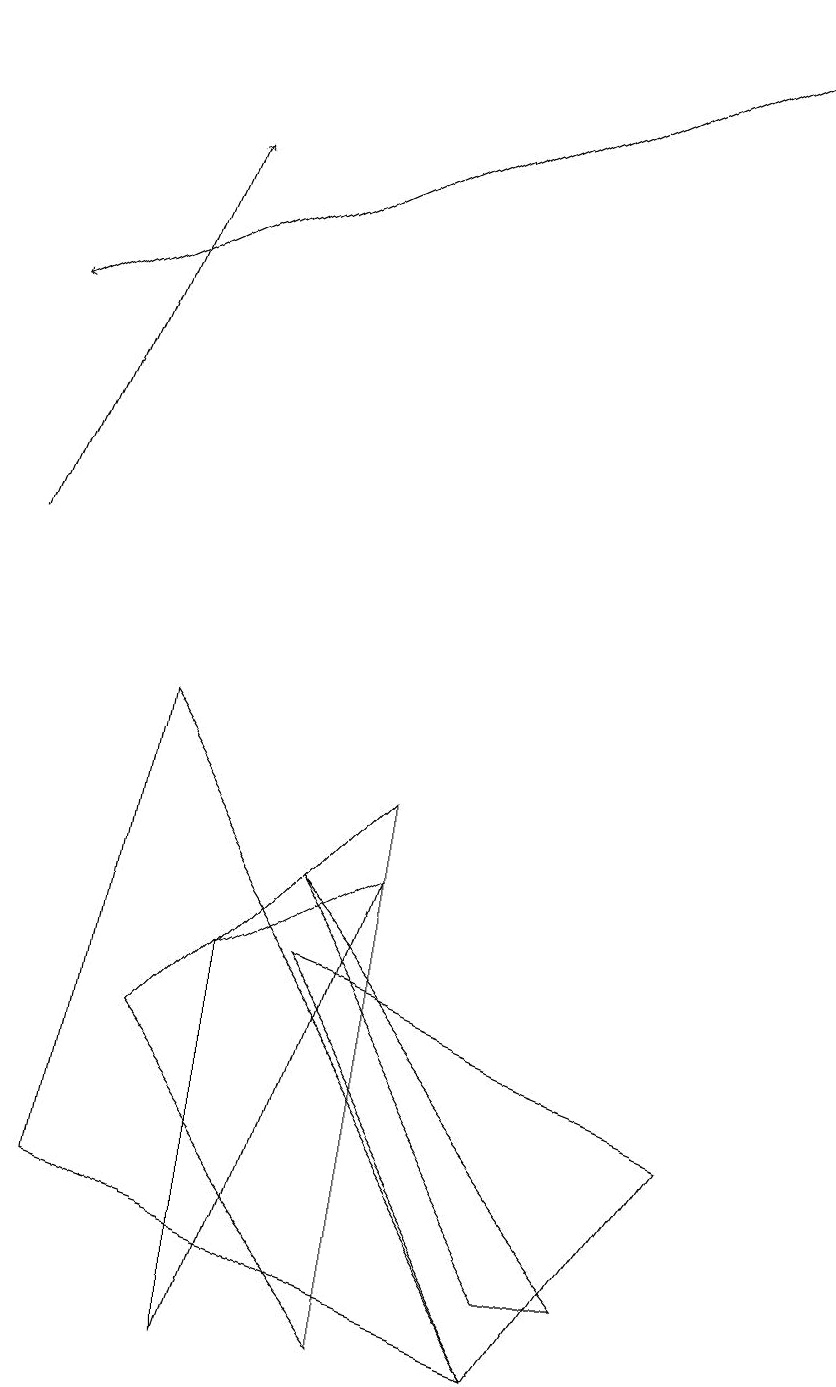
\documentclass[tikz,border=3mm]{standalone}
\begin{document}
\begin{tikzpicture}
\draw (4,6) -- (8,1) -- (7,1) -- cycle;
\draw (2,8) -- (7,0) -- (1,2) -- cycle;
\draw[->] (9,17) -- (0,13);
\draw (4,5) -- (7,0) -- (9,3) -- cycle;
\draw (5,0) -- (2,4) -- (5,7) -- cycle;
\draw[->] (0,10) -- (2,15);
\draw (5,6) -- (3,0) -- (3,5) -- cycle;
\draw (10,11) circle (0);
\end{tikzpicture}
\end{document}